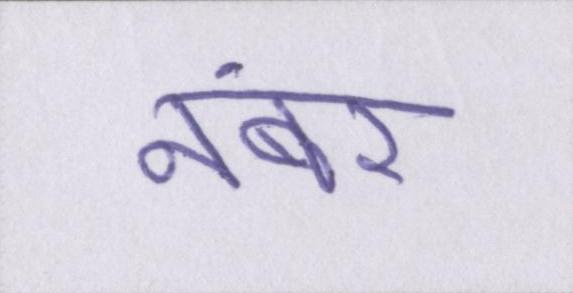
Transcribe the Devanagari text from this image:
नंबर